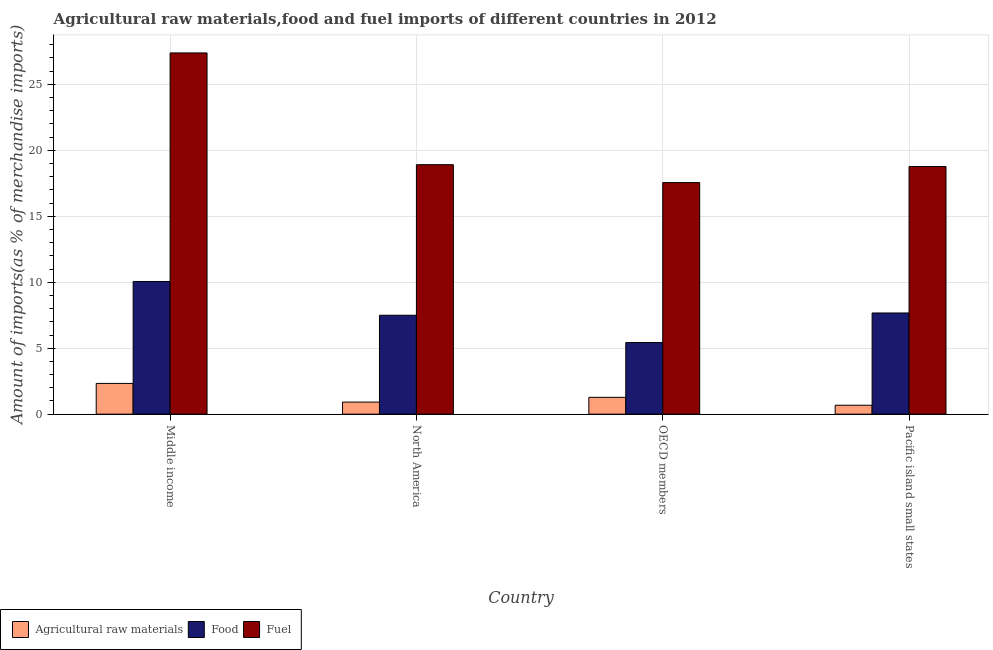
| Country | Agricultural raw materials | Food | Fuel |
 | --- | --- | --- | --- |
 | Middle income | 2.33 | 10.1 | 27.4 |
 | North America | 0.915 | 7.5 | 18.9 |
 | OECD members | 1.28 | 5.43 | 17.6 |
 | Pacific island small states | 0.676 | 7.67 | 18.8 |